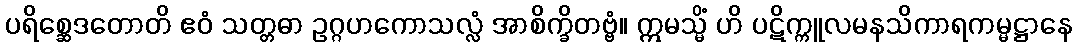
ပရိစ္ဆေဒတောတိ ဧဝံ သတ္တဓာ ဥဂ္ဂဟကောသလ္လံ အာစိက္ခိတဗ္ဗံ။ ဣမသ္မိံ ဟိ ပဋိက္ကူလမနသိကာရကမ္မဋ္ဌာနေ